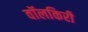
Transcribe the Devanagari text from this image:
वॉलकिरी